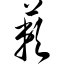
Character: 蔌